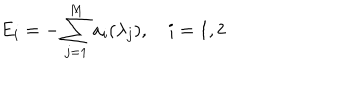
E _ { i } = - \sum _ { j = 1 } ^ { M } a _ { i } ( \lambda _ { j } ) , \quad i = 1 , 2